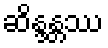
ဆိန္ဒန္တဿ